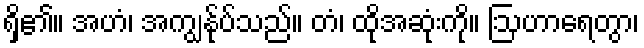
ရှိ၏။ အဟံ၊ အကျွန်ုပ်သည်။ တံ၊ ထိုအဆုံးကို။ ဩဟာရေတွာ၊